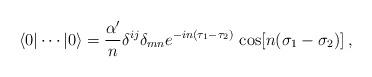
LaTeX: \begin{align*}\langle 0 | \cdots | 0 \rangle= \frac{\alpha'}{n} \delta^{ij}\delta_{mn}e^{-in(\tau_1-\tau_2)}\, \cos[n(\sigma_1-\sigma_2)] \>,\end{align*}